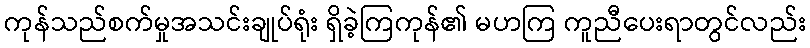
ကုန်သည်စက်မှုအသင်းချုပ်ရုံး ရှိခဲ့ကြကုန်၏ မဟကြ ကူညီပေးရာတွင်လည်း